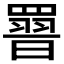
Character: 𮊕